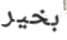
بخير